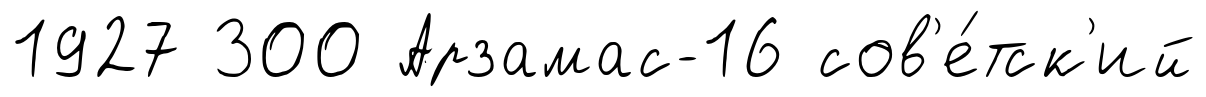
1927 300 Арзамас-16 сов'е́тск'ий